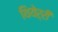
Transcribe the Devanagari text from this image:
थियेर्री